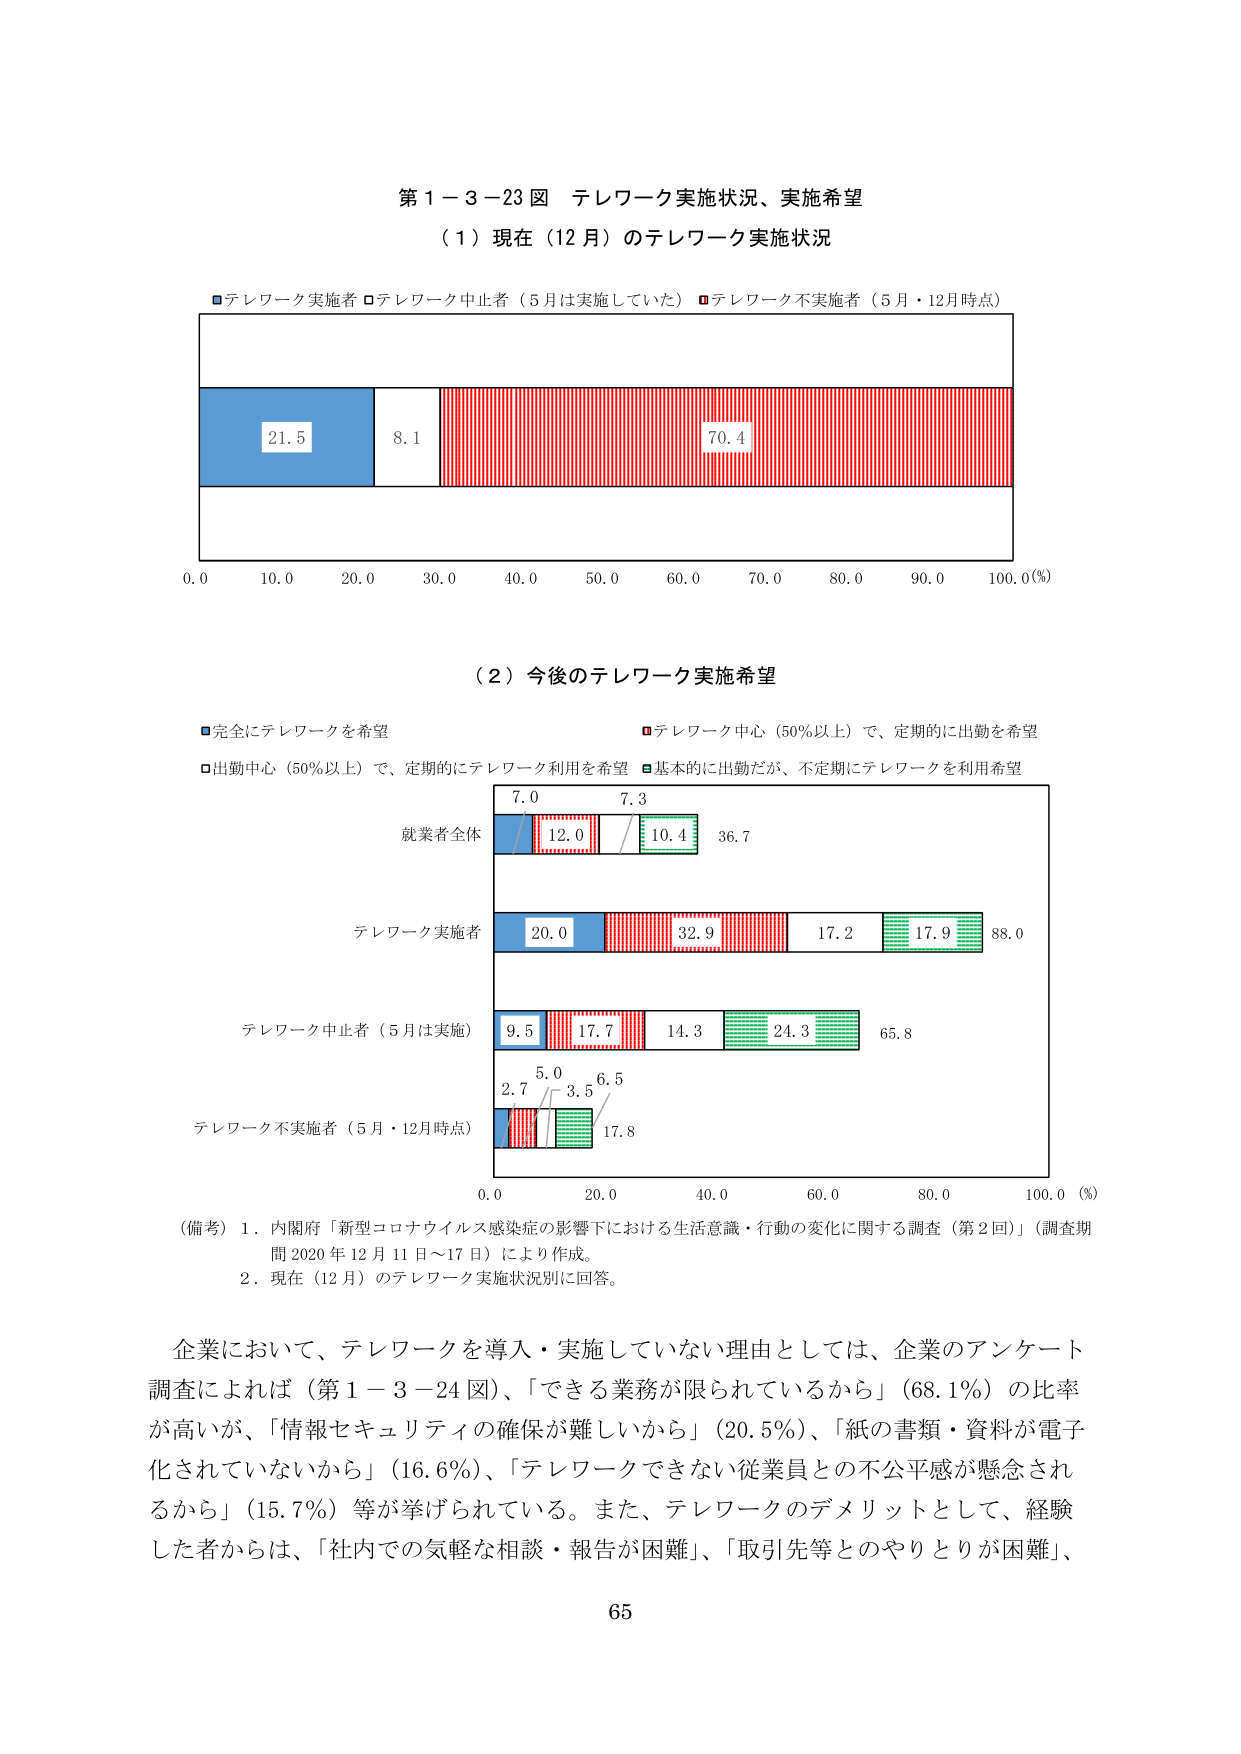
第１－３－23 図 テレワーク実施状況、実施希望
（１）現在（12月）のテレワーク実施状況
■テレワーク実施者 □テレワーク中止者（5月は実施していた） ■テレワーク不実施者（5月・12月時点）
21.5 8.1 70.4
0.0 10.0 20.0 30.0 40.0 50.0 60.0 70.0 80.0 90.0 100.0(%)

（２）今後のテレワーク実施希望
■完全にテレワークを希望
■テレワーク中心（50％以上）で、定期的に出勤を希望
□出勤中心（50％以上）で、定期的にテレワーク利用を希望 ■基本的に出勤だが、不定期にテレワークを利用希望
就業者全体
7.0 7.3 12.0 10.4 36.7
テレワーク実施者
20.0 32.9 17.2 17.9 88.0
テレワーク中止者（5月は実施）
9.5 17.7 14.3 24.3 65.8
テレワーク不実施者（5月・12月時点）
2.7 5.0 3.5 6.5 17.8
0.0 20.0 40.0 60.0 80.0 100.0 (%)

（備考）1．内閣府「新型コロナウイルス感染症の影響下における生活意識・行動の変化に関する調査（第2回）」（調査期間 2020年12月11日～17日）により作成。
2．現在（12月）のテレワーク実施状況別に回答。

企業において、テレワークを導入・実施していない理由としては、企業のアンケート調査によれば（第１－３－24図）、「できる業務が限られているから」（68.1％）の比率が高いが、「情報セキュリティの確保が難しいから」（20.5％）、「紙の書類・資料が電子化されていないから」（16.6％）、「テレワークできない従業員との不公平感が懸念されるから」（15.7％）等が挙げられている。また、テレワークのデメリットとして、経験した者からは、「社内での気軽な相談・報告が困難」、「取引先等とのやりとりが困難」、
65